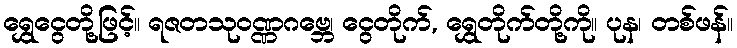
ရွှေငွေတို့ဖြင့်။ ရဇတသုဝဏ္ဏဂဗ္ဘေ၊ ငွေတိုက်, ရွှေတိုက်တို့ကို။ ပုန၊ တစ်ဖန်။